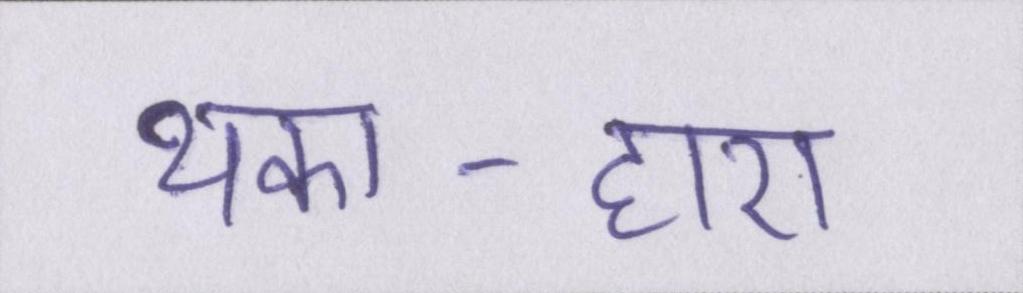
थका-हारा